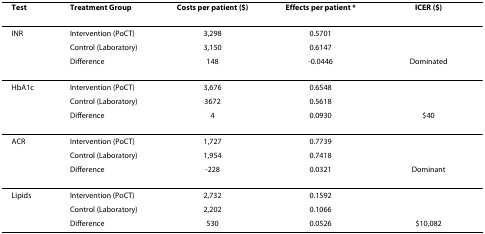
<table><thead><tr><td><b>Test</b></td><td><b>Treatment Group</b></td><td><b>Costs per patient ($)</b></td><td><b>Effects per patient *</b></td><td><b>ICER ($)</b></td></tr></thead><tbody><tr><td>INR</td><td>Intervention (PoCT)</td><td>3,298</td><td>0.5701</td><td></td></tr><tr><td></td><td>Control (Laboratory)</td><td>3,150</td><td>0.6147</td><td></td></tr><tr><td></td><td>Difference</td><td>148</td><td>-0.0446</td><td>Dominated</td></tr><tr><td>HbA1c</td><td>Intervention (PoCT)</td><td>3,676</td><td>0.6548</td><td></td></tr><tr><td></td><td>Control (Laboratory)</td><td>3672</td><td>0.5618</td><td></td></tr><tr><td></td><td>Difference</td><td>4</td><td>0.0930</td><td>$40</td></tr><tr><td>ACR</td><td>Intervention (PoCT)</td><td>1,727</td><td>0.7739</td><td></td></tr><tr><td></td><td>Control (Laboratory)</td><td>1,954</td><td>0.7418</td><td></td></tr><tr><td></td><td>Difference</td><td>-228</td><td>0.0321</td><td>Dominant</td></tr><tr><td>Lipids</td><td>Intervention (PoCT)</td><td>2,732</td><td>0.1592</td><td></td></tr><tr><td></td><td>Control (Laboratory)</td><td>2,202</td><td>0.1066</td><td></td></tr><tr><td></td><td>Difference</td><td>530</td><td>0.0526</td><td>$10,082</td></tr></tbody></table>